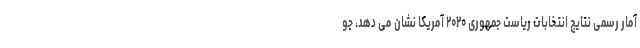
آمار رسمی نتایج انتخابات ریاست جمهوری ۲۰۲۰ آمریکا نشان می دهد، جو